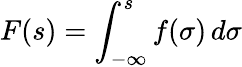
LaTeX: F(s)=\int_{-\infty}^{s}f(\sigma)\, d\sigma